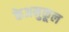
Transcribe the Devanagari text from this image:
केअनुकूल